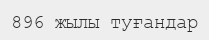
896 жылы туғандар